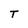
Character: T